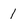
Character: 1